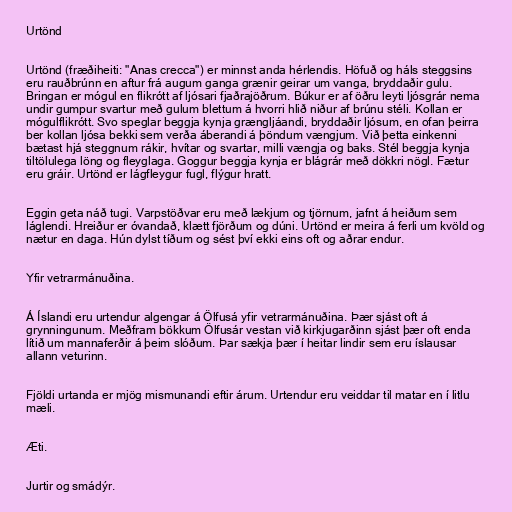
Urtönd

Urtönd (fræðiheiti: "Anas crecca") er minnst anda hérlendis. Höfuð og háls steggsins
eru rauðbrúnn en aftur frá augum ganga grænir geirar um vanga, bryddaðir gulu.
Bringan er mógul en flikrótt af ljósari fjaðrajöðrum. Búkur er af öðru leyti ljósgrár nema
undir gumpur svartur með gulum blettum á hvorri hlið niður af brúnu stéli. Kollan er
mógulflikrótt. Svo speglar beggja kynja grængljáandi, bryddaðir ljósum, en ofan þeirra
ber kollan ljósa bekki sem verða áberandi á þöndum vængjum. Við þetta einkenni
bætast hjá steggnum rákir, hvítar og svartar, milli vængja og baks. Stél beggja kynja
tiltölulega löng og fleyglaga. Goggur beggja kynja er blágrár með dökkri nögl. Fætur
eru gráir. Urtönd er lágfleygur fugl, flýgur hratt.

Eggin geta náð tugi. Varpstöðvar eru með lækjum og tjörnum, jafnt á heiðum sem
láglendi. Hreiður er óvandað, klætt fjörðum og dúni. Urtönd er meira á ferli um kvöld og
nætur en daga. Hún dylst tíðum og sést því ekki eins oft og aðrar endur.

Yfir vetrarmánuðina.

Á Íslandi eru urtendur algengar á Ölfusá yfir vetrarmánuðina. Þær sjást oft á
grynningunum. Meðfram bökkum Ölfusár vestan við kirkjugarðinn sjást þær oft enda
lítið um mannaferðir á þeim slóðum. Þar sækja þær í heitar lindir sem eru íslausar
allann veturinn.

Fjöldi urtanda er mjög mismunandi eftir árum. Urtendur eru veiddar til matar en í litlu
mæli.

Æti.

Jurtir og smádýr.